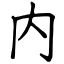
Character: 内